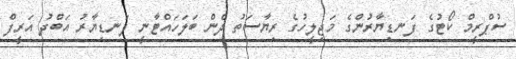
ސުޕްރީމް ކޯޓުގެ ފަނޑިޔާރުންގެ މަޖިލީހުގެ ރިޔާސަތު ދެން ބަލަހައްޓާނީ ފަނޑިޔާރު އަބްދު އަރީފް